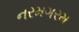
નરમગરમ